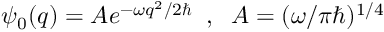
\psi _ { 0 } ( q ) = A e ^ { - \omega q ^ { 2 } / 2 \hbar } \; \; , \; \; A = ( \omega / \pi \hbar ) ^ { 1 / 4 }